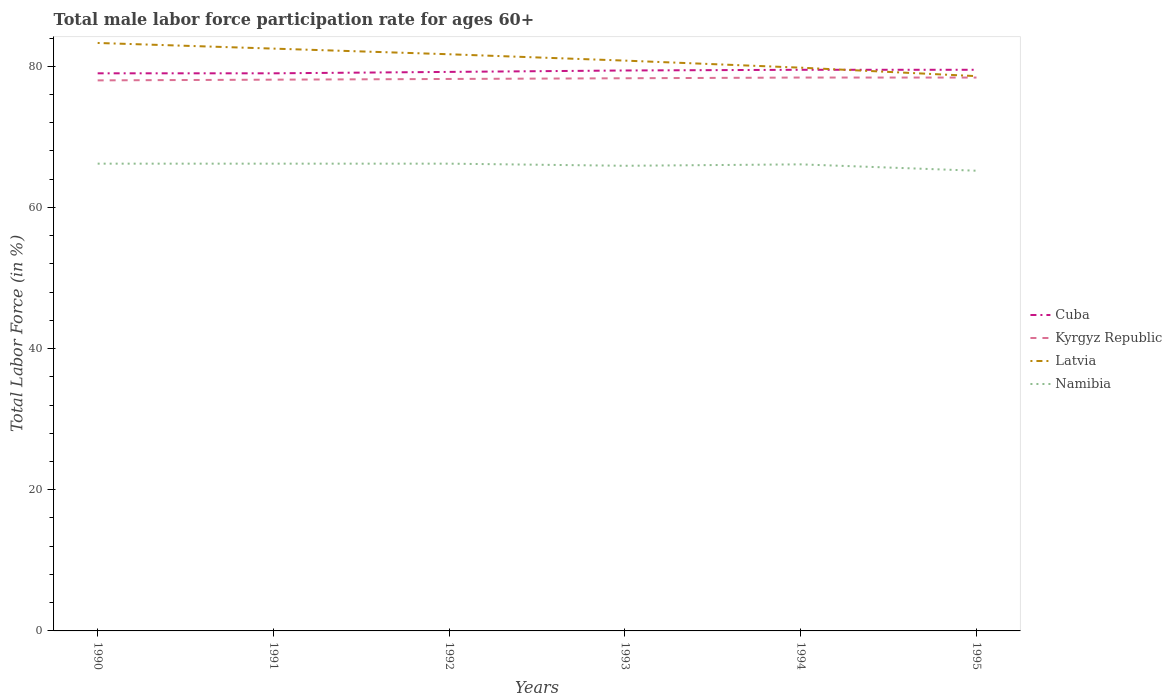
| Years | Cuba | Kyrgyz Republic | Latvia | Namibia |
 | --- | --- | --- | --- | --- |
 | 1990 | 79 | 78 | 83.3 | 66.2 |
 | 1991 | 79 | 78.1 | 82.5 | 66.2 |
 | 1992 | 79.2 | 78.2 | 81.7 | 66.2 |
 | 1993 | 79.4 | 78.3 | 80.8 | 65.9 |
 | 1994 | 79.5 | 78.4 | 79.8 | 66.1 |
 | 1995 | 79.5 | 78.4 | 78.6 | 65.2 |